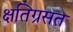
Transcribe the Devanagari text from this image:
क्षतिग्रसत